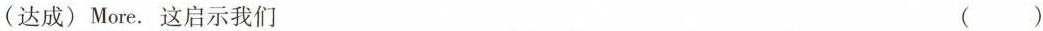
(达成) More. 这启示我们 ( )